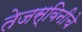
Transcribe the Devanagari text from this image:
तेजस्विनीचे